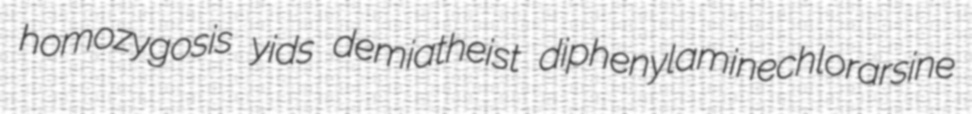
homozygosis yids demiatheist diphenylaminechlorarsine